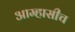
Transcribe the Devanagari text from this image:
आम्हासीच